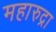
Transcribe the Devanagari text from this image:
महारुद्रा